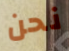
نحن